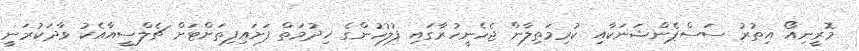
މޮރީނިއޯ އިތުރު ސަސްޕެންޝަނަކާއި ކުރިމަތިލާން ޖެހެނީހުރާގައި ފުލުހުންގެ ޚިދުމަތް ފަށައިފިތަށްޓަށް ޗެލްސީއާއެކު ވާދަކުރަނީ